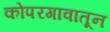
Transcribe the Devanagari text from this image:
कोपरगावातून